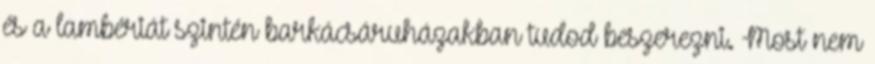
és a lambériát szintén barkácsáruházakban tudod beszerezni. Most nem